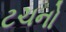
ટચનો